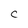
Character: C